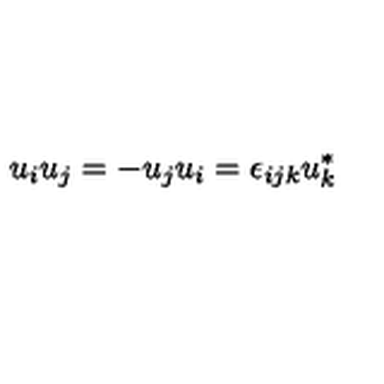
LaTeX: u _ { i } u _ { j } = - u _ { j } u _ { i } = \epsilon _ { i j k } u _ { k } ^ { * }